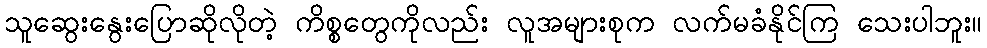
သူဆွေးနွေးပြောဆိုလိုတဲ့ ကိစ္စတွေကိုလည်း လူအများစုက လက်မခံနိုင်ကြ သေးပါဘူး။